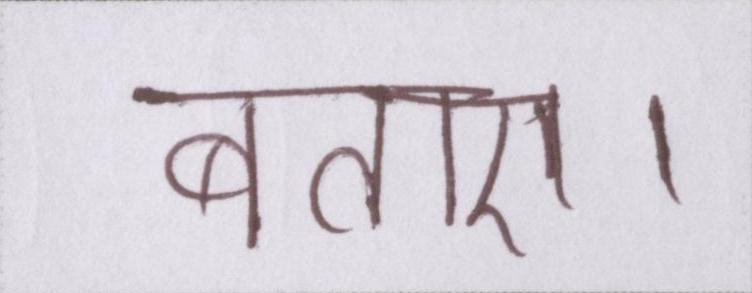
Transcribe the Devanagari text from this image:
बताए।